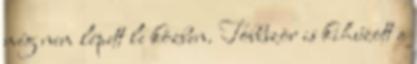
még nem lépett le közben. Többször is kihúzott a